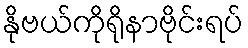
နိုဗယ်ကိုရိုနာဗိုင်းရပ်